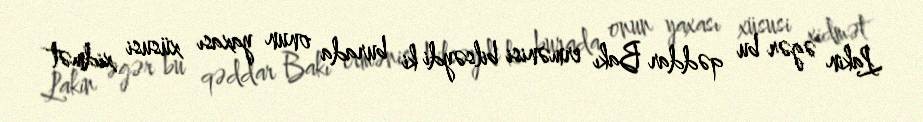
Lakin əgər bu qəddar Bakı ermənisi bilsəydi ki burada onun yaxası xüsusi xidmət